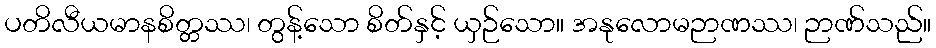
ပတိလီယမာနစိတ္တဿ၊ တွန့်သော စိတ်နှင့် ယှဉ်သော။ အနုလောမဉာဏဿ၊ ဉာဏ်သည်။